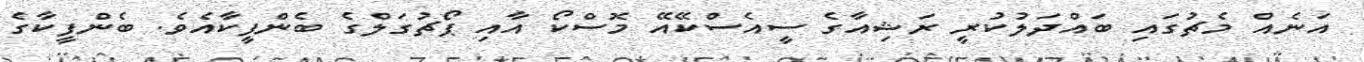
އަނެއް މެޗުގައި ބައްދަލުކުރީ ރަޝިއާގެ ސީއެސްކޭއޭ މޮސްކޯ އާއި ޕޯޗުގަލްގެ ބެންފީކާއެވެ. ބެންފީކާގެ